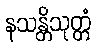
နသန္တိသုတ္တံ